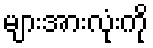
များအားလုံးကို